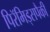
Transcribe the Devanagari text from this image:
पिरॅमिड्सपैकी